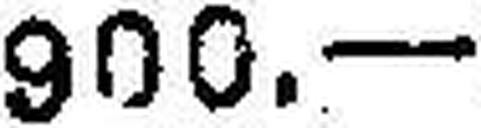
900.—